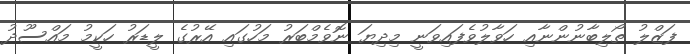
ފަޒްލު ތޯލިބާނުންނާއި ހަވާލުވެފައިވަނީ މިދިޔަ ނޮވެމްބަރު މަހުގައި އޭރުގެ ލީޑަރު ހަކީމު މައްސޫދު